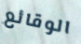
الوقائع